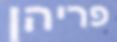
פריהן